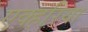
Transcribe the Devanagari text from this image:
एक्हरिया